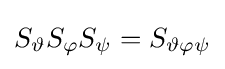
S_{\vartheta }S_{\varphi }S_{\psi }=S_{\vartheta \varphi \psi }